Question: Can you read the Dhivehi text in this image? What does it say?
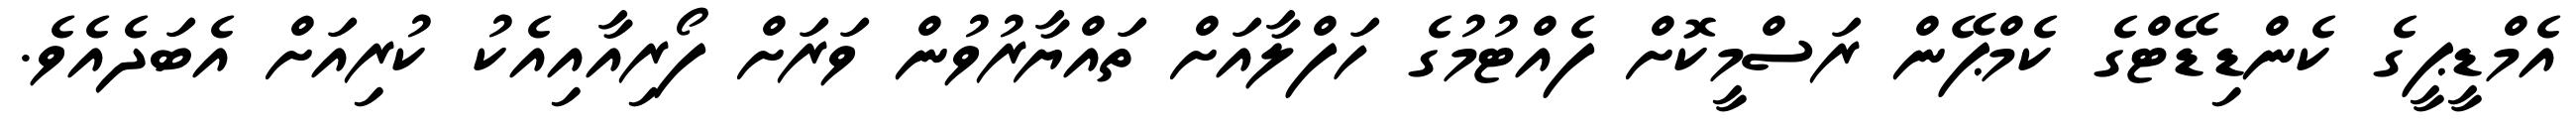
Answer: އެމްޑީޕީގެ ކެންޑިޑޭޓްގެ ކެމްޕޭން ރަސްމީކޮށް ފެއްޓުމުގެ ހަފްލާއަށް ތައްޔާރުވުން ވަރަށް ފޯރިއާއިއެކު ކުރިއަށް އެބަދެއެވެ.